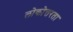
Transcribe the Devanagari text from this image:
लोकोत्तरता